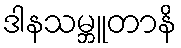
ဒါနသမ္ဘူတာနိ